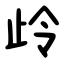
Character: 㱓